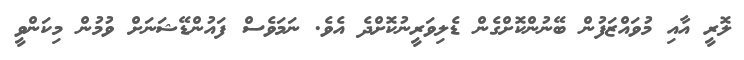
ލޮރީ އާއި މުވައްޒަފުން ބޭނުންކޮށްގެން ޑެލިވަރީނުކޮށްދެ އެވެ. ނަމަވެސް ފައުންޑޭޝަނަށް ވުމުން މިކަންވީ